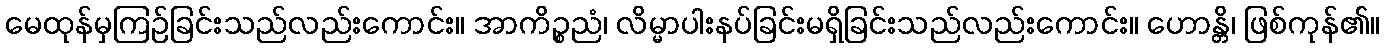
မေထုန်မှကြဉ်ခြင်းသည်လည်းကောင်း။ အာကိဉ္စညံ၊ လိမ္မာပါးနပ်ခြင်းမရှိခြင်းသည်လည်းကောင်း။ ဟောန္တိ၊ ဖြစ်ကုန်၏။